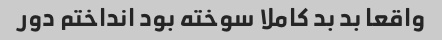
واقعا بد بد کاملا سوخته بود انداختم دور